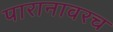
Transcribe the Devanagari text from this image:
पारानावरच